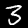
Digit: 3